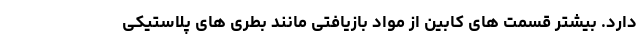
دارد. بیشتر قسمت های کابین از مواد بازیافتی مانند بطری های پلاستیکی